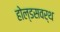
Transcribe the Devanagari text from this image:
होल्डसवर्थ